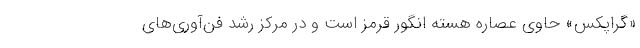
«گراپکس» حاوی عصاره هسته انگور قرمز است و در مرکز رشد فن‌آوری‌های